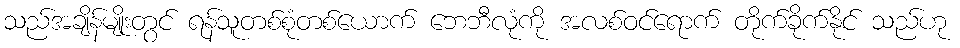
သည်အချိန်မျိုးတွင် ရန်သူတစ်စုံတစ်ယောက် ဘေဘီလုံကို အလစ်ဝင်ရောက် တိုက်ခိုက်နိုင် သည်ဟု